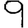
Digit: 9